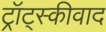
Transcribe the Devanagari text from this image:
ट्रॉट्स्कीवाद